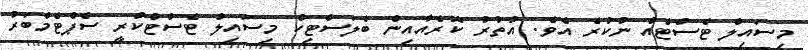
މިސައިލް ޓެސްޓެއް ނުކުރެ އެވެ. އުތުރު ކޮރެއާއިން ބެލަސްޓިކް މިސައިލް ޓެސްޓްކުރީ ސެޕްޓެމްބަރު